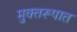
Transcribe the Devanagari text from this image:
मुक्तरूपात